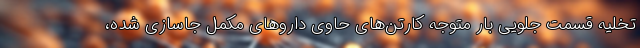
تخلیه قسمت جلویی بار متوجه کارتن‌های حاوی دارو‌های مکمل جاسازی شده،